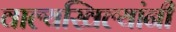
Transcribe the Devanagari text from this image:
वाल्यखिल्यांनी